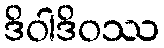
ဒိဝါဒိဝဿ